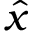
\hat { x }